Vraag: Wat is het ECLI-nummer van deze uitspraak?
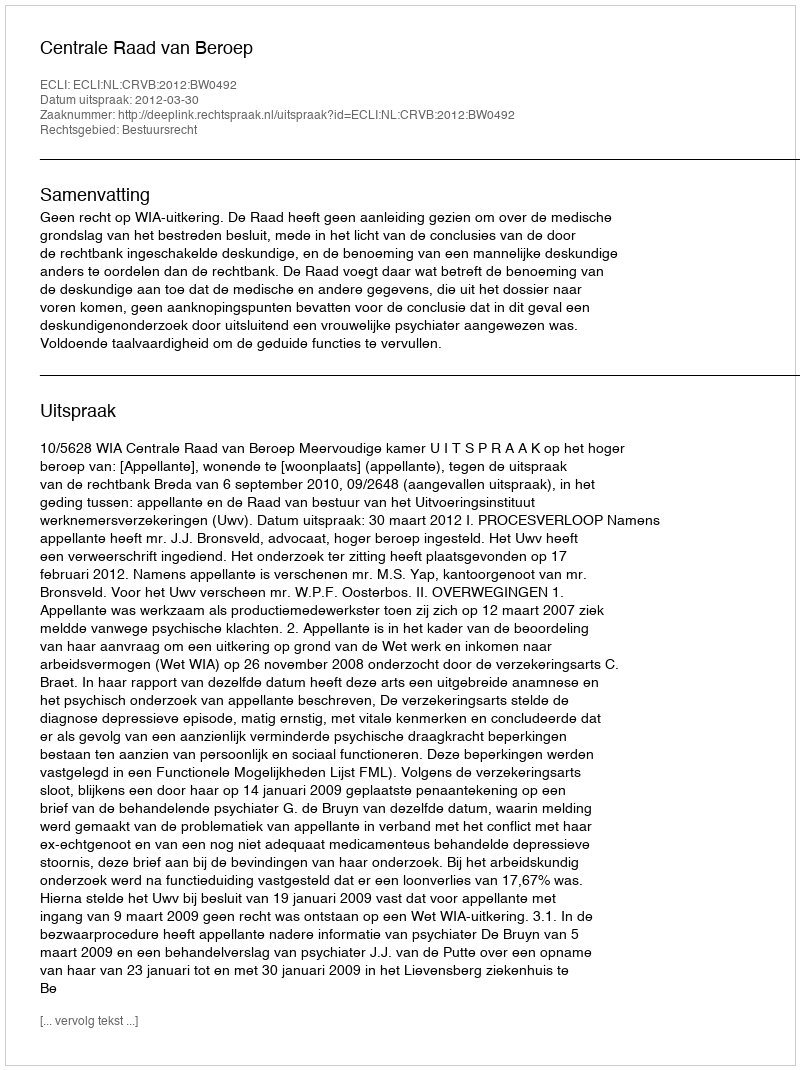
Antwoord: ECLI:NL:CRVB:2012:BW0492